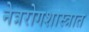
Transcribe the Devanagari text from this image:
नेत्ररोगशास्त्रात